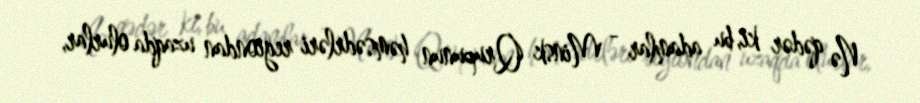
Nə qədər ki, bu adamlar - Minsk Qrupunun həmsədrləri regiondan uzaqda olurlar,